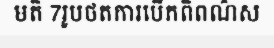
មតិ 7រូបថតការបើកពិពណ៌ស